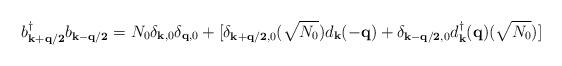
LaTeX: \begin{align*}b^{\dagger}_{ {\bf{k+q/2}} }b_{ {\bf{k-q/2}} } =N_{0} \delta_{ {\bf{k}}, 0 }\delta_{ {\bf{q}}, 0 } +[\delta_{ {\bf{k+q/2}}, 0 }(\sqrt{N_{0}})d_{ {\bf{k}} }(-{\bf{q}}) + \delta_{ {\bf{k-q/2}}, 0 }d^{\dagger}_{ {\bf{k}} }({\bf{q}})(\sqrt{N_{0}})]\end{align*}